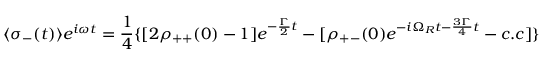
\langle \sigma _ { - } ( t ) \rangle e ^ { i \omega t } = { \frac { 1 } { 4 } } \{ [ 2 \rho _ { + + } ( 0 ) - 1 ] e ^ { - { \frac { \Gamma } { 2 } } t } - [ \rho _ { + - } ( 0 ) e ^ { - i \Omega _ { R } t - { \frac { 3 \Gamma } { 4 } } t } - c . c ] \}